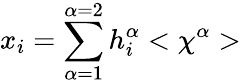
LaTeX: x_{i}=\sum_{\alpha=1}^{\alpha=2}h_{i}^{\alpha}<\chi^{\alpha}>